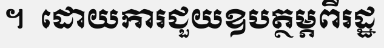
។  ដោយការជួយឧបត្ថម្ភពីរដ្ឋ